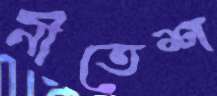
নীতেশ